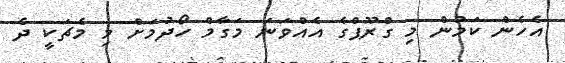
އެހެން ކަމުން މި ގްރޫޕްގެ އެއްވަނަ މަގާމް ހޯދުމަށް މި މެޗަކީ ދެ